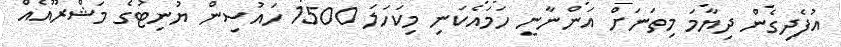
އުފެދިގެން ދިޔާމަ މިތަނަށް އަންނާނީ ހަމައެކަނި މިކަހަލަ 1500 ހައުސިން ޔުނިޓުގެ މަޝްރޫއެއް